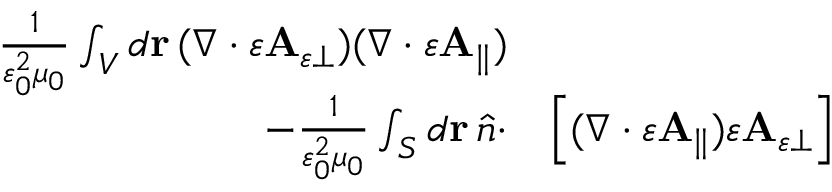
\begin{array} { r l } { \frac { 1 } { \varepsilon _ { 0 } ^ { 2 } \mu _ { 0 } } \int _ { V } d \mathbf { r } \, ( \nabla \cdot \varepsilon \mathbf { A } _ { \varepsilon \perp } ) ( \nabla \cdot \varepsilon \mathbf { A } _ { \parallel } ) } & { } \\ { - \frac { 1 } { \varepsilon _ { 0 } ^ { 2 } \mu _ { 0 } } \int _ { S } d \mathbf { r } \, \hat { n } \cdot } & { \left[ ( \nabla \cdot \varepsilon \mathbf { A } _ { \parallel } ) \varepsilon \mathbf { A } _ { \varepsilon \perp } \right] } \end{array}